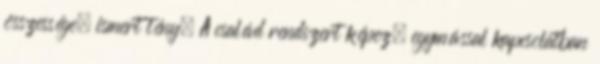
összessége, ismert tény. A család rendszert képez, egymással kapcsolatban